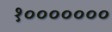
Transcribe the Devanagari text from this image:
१०००००००